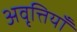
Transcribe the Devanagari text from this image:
अवृत्तियाँ